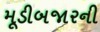
મૂડીબજારની